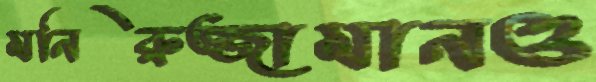
মনিরুজ্জামানও